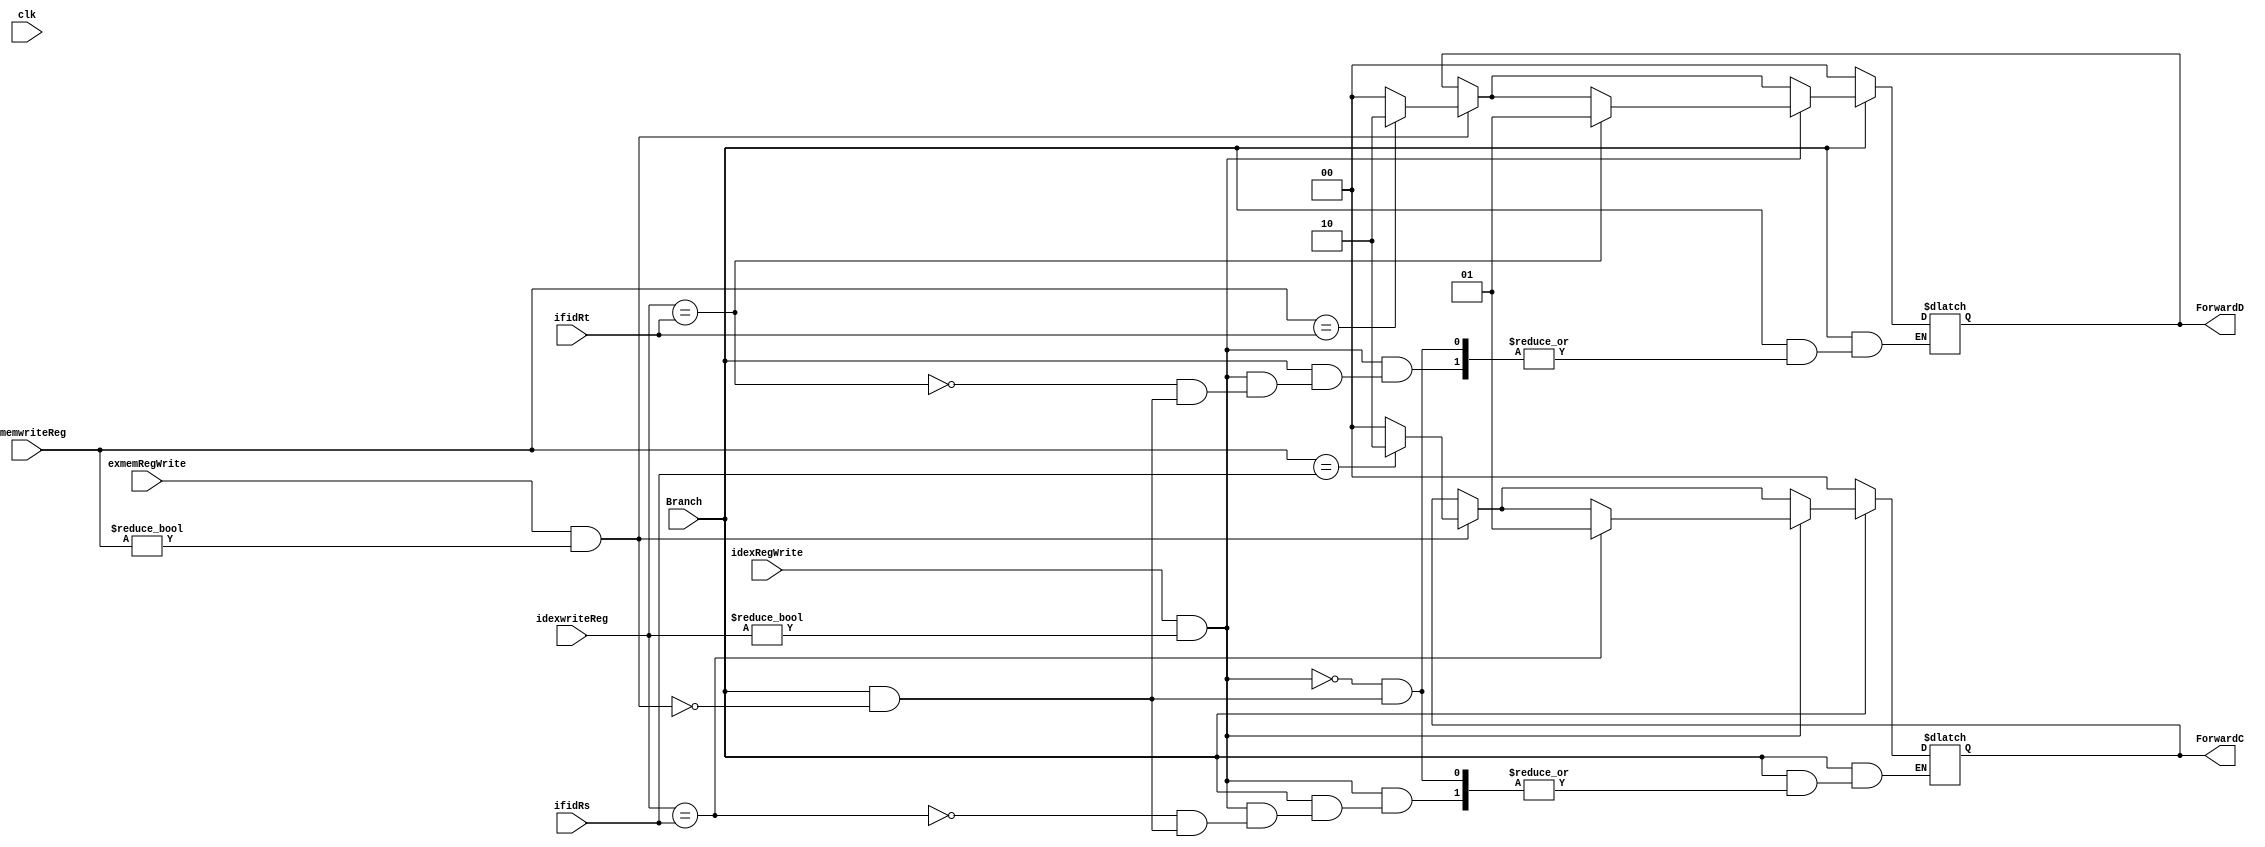
`timescale 1ns / 1ps
module ForwardUnit2(clk,Branch,idexRegWrite,exmemRegWrite,ifidRs, ifidRt, idexwriteReg,exmemwriteReg, ForwardC,ForwardD);
    input Branch;
    input clk;
    input idexRegWrite,exmemRegWrite;
    input [4:0] ifidRs, ifidRt, idexwriteReg,exmemwriteReg;
    output reg [1:0] ForwardC, ForwardD;
    initial begin 
        ForwardC = 0;
        ForwardD = 0;
    end
   /* always@(ifidpcinOut) begin
    //if(Branch) begin
        if(idexRegWrite) begin
            if(idexwriteReg == ifidRs) ForwardC = 2'b01; 
            else if(idexwriteReg == ifidRt) ForwardD = 2'b01;
            else begin
            ForwardC = 2'b00;
            ForwardD = 2'b00;
            end
        end
        else if(exmemRegWrite) begin
          if(exmemwriteReg == ifidRs) ForwardC = 2'b10; 
          else if(exmemwriteReg == ifidRt) ForwardD = 2'b10;
          else begin
            ForwardC = 2'b00;
            ForwardD = 2'b00;
          end
        end
        else begin
            ForwardC = 2'b00;
            ForwardD = 2'b00;
             end
      // end      
    end*/
    always@(*) begin
            if(Branch == 1)begin
            if(exmemRegWrite && exmemwriteReg != 0) begin
                 if(exmemwriteReg == ifidRs) ForwardC = 2'b10; 
                 else ForwardC = 2'b00;
                 if(exmemwriteReg == ifidRt) ForwardD = 2'b10;
                 else  ForwardD = 2'b00;
            end
             if(idexRegWrite && idexwriteReg != 0) begin
                if(idexwriteReg == ifidRs) ForwardC = 2'b01; 
                if(idexwriteReg == ifidRt) ForwardD = 2'b01;
            end
            end
         else begin
            ForwardC = 2'b00;
            ForwardD = 2'b00;
        end
  end     
endmodule